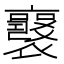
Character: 𧞻